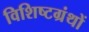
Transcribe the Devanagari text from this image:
विशिष्टग्रंथों